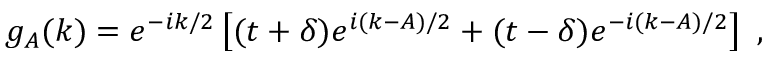
g _ { A } ( k ) = e ^ { - i k / 2 } \left[ ( t + \delta ) e ^ { i ( k - A ) / 2 } + ( t - \delta ) e ^ { - i ( k - A ) / 2 } \right] \mathrm { ~ , ~ }